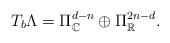
LaTeX: \begin{align*}T_b \Lambda= \Pi_{\mathbb C}^{d-n} \oplus \Pi_{\mathbb R}^{2n-d}.\end{align*}